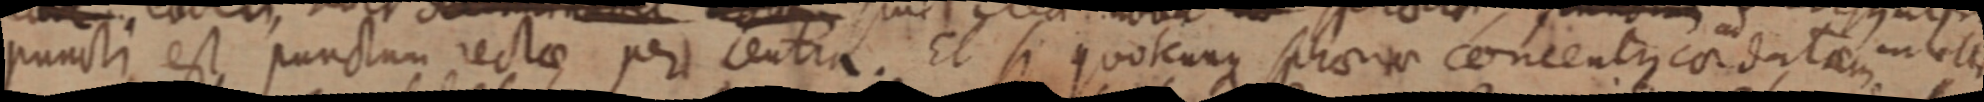
puncti est punctum rectae per centra. Et si quotcunque sphaerae concentus cordatam intelli